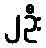
၂ဦး